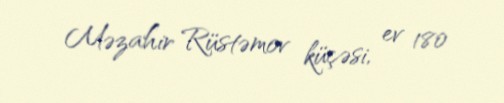
Məzahir Rüstəmov küçəsi, ev 180